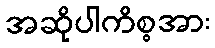
အဆိုပါကိစ္စအား